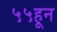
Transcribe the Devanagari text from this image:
५५हून